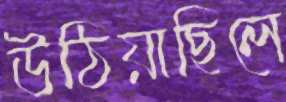
উঠিয়াছিলে